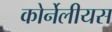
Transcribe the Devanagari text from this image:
कोर्नेलीयस